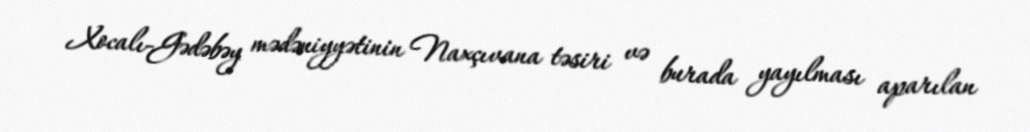
Xocalı-Gədəbəy mədəniyyətinin Naxçıvana təsiri və burada yayılması aparılan